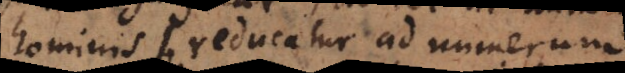
hominis b reducatur ad numerum